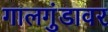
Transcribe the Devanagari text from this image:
गालगुंडावर